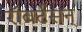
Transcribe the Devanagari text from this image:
रॉबर्टसन्